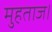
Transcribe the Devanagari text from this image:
मुहताज।